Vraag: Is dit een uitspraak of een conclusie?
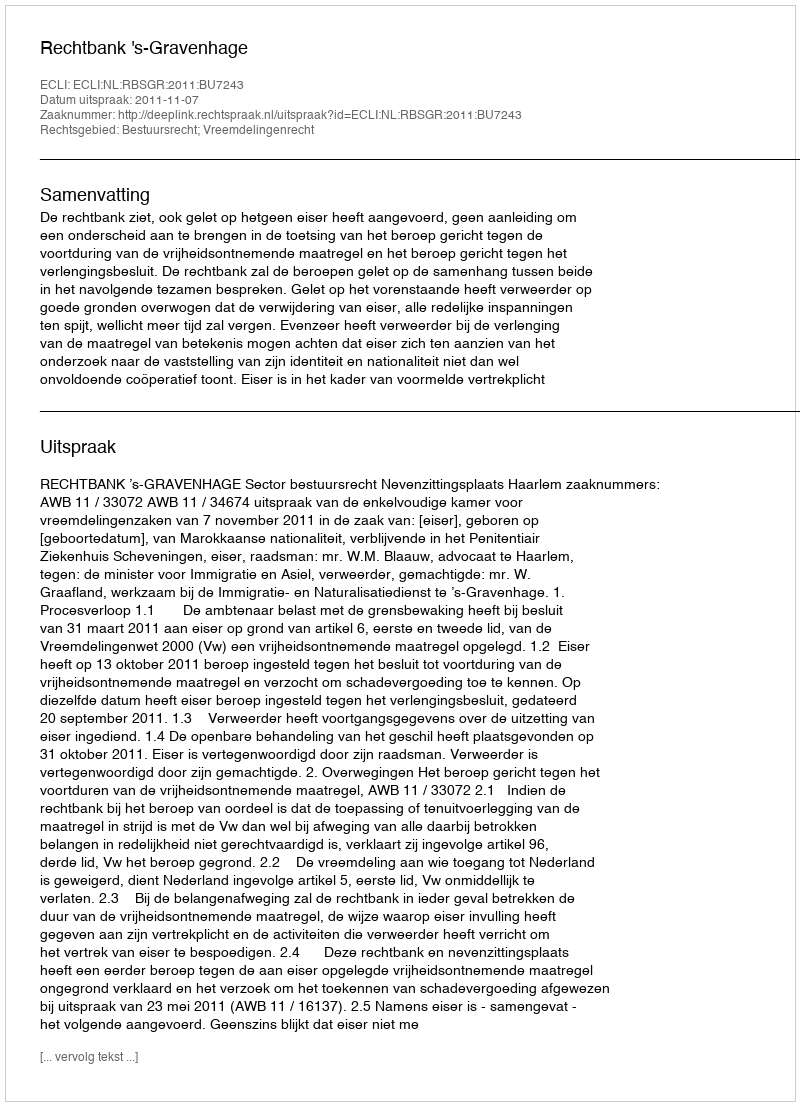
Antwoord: Uitspraak